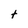
Character: t